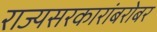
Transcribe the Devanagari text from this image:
राज्यसरकारांबरोबर